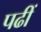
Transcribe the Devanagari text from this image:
पढीं